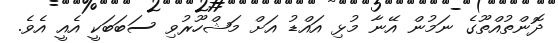
ދޮންތުއްތޫގެ ނަމުން އޭނާ މުޅި އައްޑު އަށް މަޝްހޫރުވި ސަބަބަކީ އެއީ އެވެ.